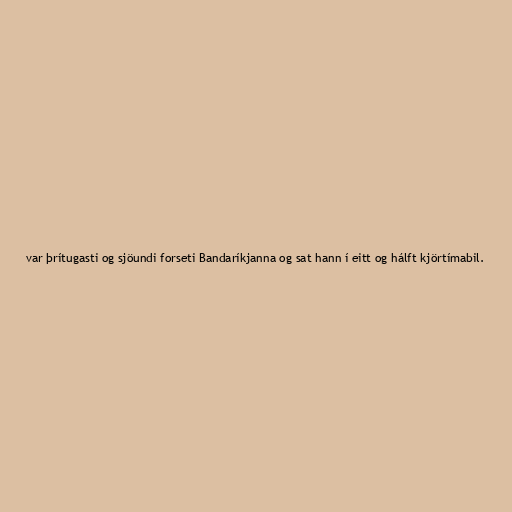
var þrítugasti og sjöundi forseti Bandaríkjanna og sat hann í eitt og hálft kjörtímabil.